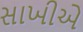
સાખીએ